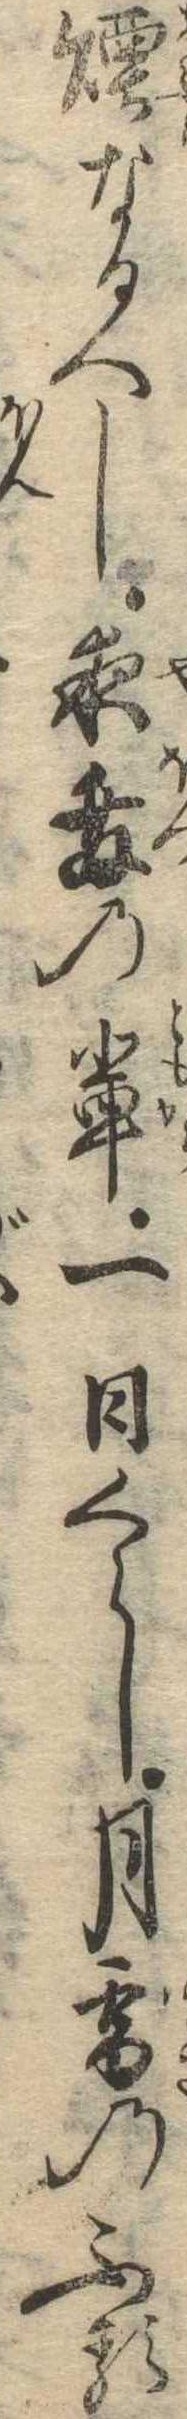
煙なるへし夜発の輩一日くらし月雪のふる